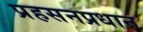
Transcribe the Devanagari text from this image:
प्रहसनप्रधान